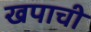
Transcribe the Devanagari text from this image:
खपाची